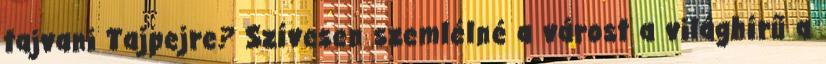
tajvani Tajpejre? Szívesen szemlélné a várost a világhírű a